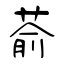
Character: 萮